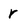
Character: r